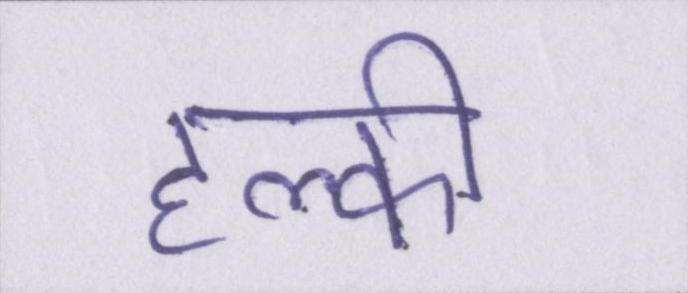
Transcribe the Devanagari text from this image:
हल्की